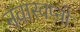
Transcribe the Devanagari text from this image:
नवास्वप्नो